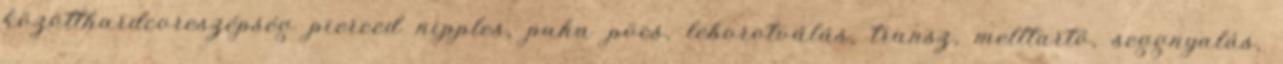
közötthardcoreszépség pierced nipples, puha pöcs, leborotválás, transz, melltartó, seggnyalás,